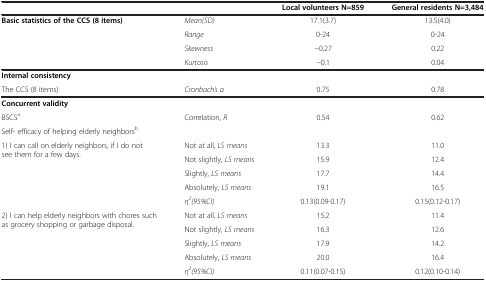
|  |  | Local volunteers N=859 | General residents N=3,484 |
 | --- | --- | --- | --- |
 | Basic statistics of the CCS (8 items) | Mean(SD) | 17.1(3.7) | 13.5(4.0) |
 |  | Range | 0-24 | 0-24 |
 |  | Skewness | −0.27 | 0.22 |
 |  | Kurtosis | −0.1 | 0.04 |
 | Internal consistency |  |  |  |
 | The CCS (8 items) | Cronbach’s α | 0.75 | 0.78 |
 | Concurrent validity |  |  |  |
 | BSCSa | Correlation, R | 0.54 | 0.62 |
 | <COLSPAN=4> Self- efficacy of helping elderly neighborsb |
 | <ROWSPAN=5> 1) I can call on elderly neighbors, if I do not see them for a few days. | Not at all, LS means | 13.3 | 11.0 |
 | Not slightly, LS means | 15.9 | 12.4 |
 | Slightly, LS means | 17.7 | 14.4 |
 | Absolutely, LS means | 19.1 | 16.5 |
 | η2(95%CI) | 0.13(0.09-0.17) | 0.15(0.12-0.17) |
 | 2) I can help elderly neighbors with chores such as grocery shopping or garbage disposal. | Not at all, LS means | 15.2 | 11.4 |
 |  | Not slightly, LS means | 16.3 | 12.6 |
 |  | Slightly, LS means | 17.9 | 14.2 |
 |  | Absolutely, LS means | 20.0 | 16.4 |
 |  | η2(95%CI) | 0.11(0.07-0.15) | 0.12(0.10-0.14) |